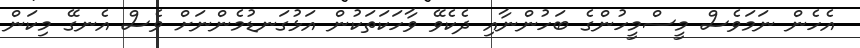
އެހެން ނަމަވެސް މީސްމީހުންގެ ބަހުންނާއި ދެކެވޭ ވާހަކަތަކުން އަޅުގަނޑުމެންނަށް ވެސް އެނގޭ މިކަން